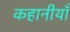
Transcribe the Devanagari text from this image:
कहानीयाँ